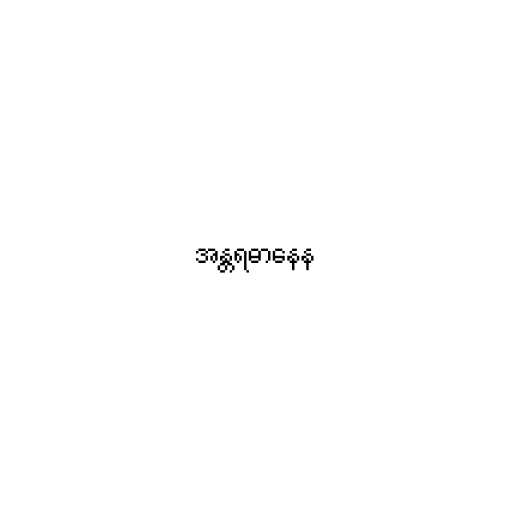
အန္တရဓာနေန